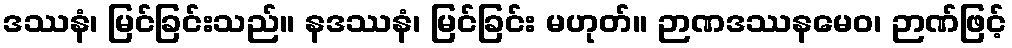
ဒဿနံ၊ မြင်ခြင်းသည်။ နဒဿနံ၊ မြင်ခြင်း မဟုတ်။ ဉာဏဒဿနမေဝ၊ ဉာဏ်ဖြင့်